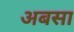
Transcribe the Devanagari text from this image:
अबसा